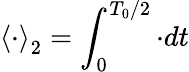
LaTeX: \left\langle\cdot\right\rangle_{2}=\int_{0}^{T_{0}/2}\cdot dt